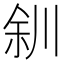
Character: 𫶨